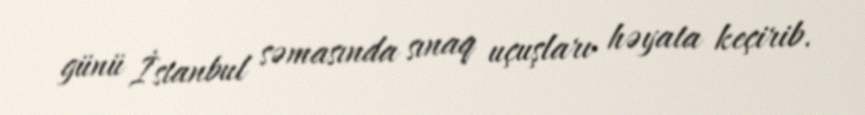
günü İstanbul səmasında sınaq uçuşları həyata keçirib.